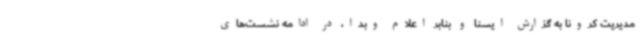
مدیریت کرونا به گزارش ایسنا و بنابر اعلام وبدا، در ادامه نشست‌های